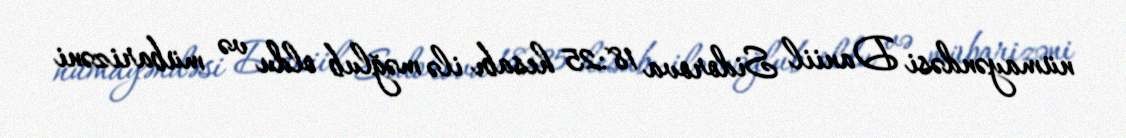
nümayəndəsi Daniil Sidorova 18:25 hesabı ilə məğlub oldu və mübarizəni